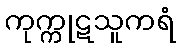
ကုက္ကုဋသူကရံ